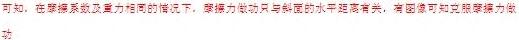
可知，在摩擦系数及重力相同的情况下，摩擦力做功只与斜面的水平距离有关，由图可知克服摩擦力做